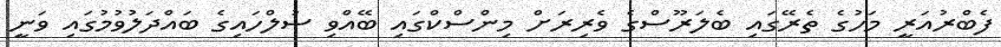
ފެބްރުއަރީ މަހުގެ ތެރޭގައި ބެލަރޫސްގެ ވެރިރަށް މިންސްކްގައި ބޭއްވި ސުލްހައިގެ ބައްދަލުވުމުގައި ވަނީ